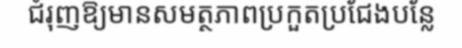
ជំរុញឱ្យមានសមត្ថភាពប្រកួតប្រជែងបន្លែ